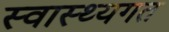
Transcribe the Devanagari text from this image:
स्वास्थ्यगत